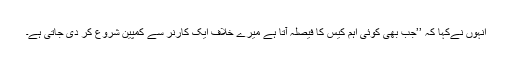
انہوں نےکہا کہ ’’جب بھی کوئی اہم کیس کا فیصلہ آتا ہے میرے خلاف ایک کارنر سے کمپین شروع کر دی جاتی ہے۔